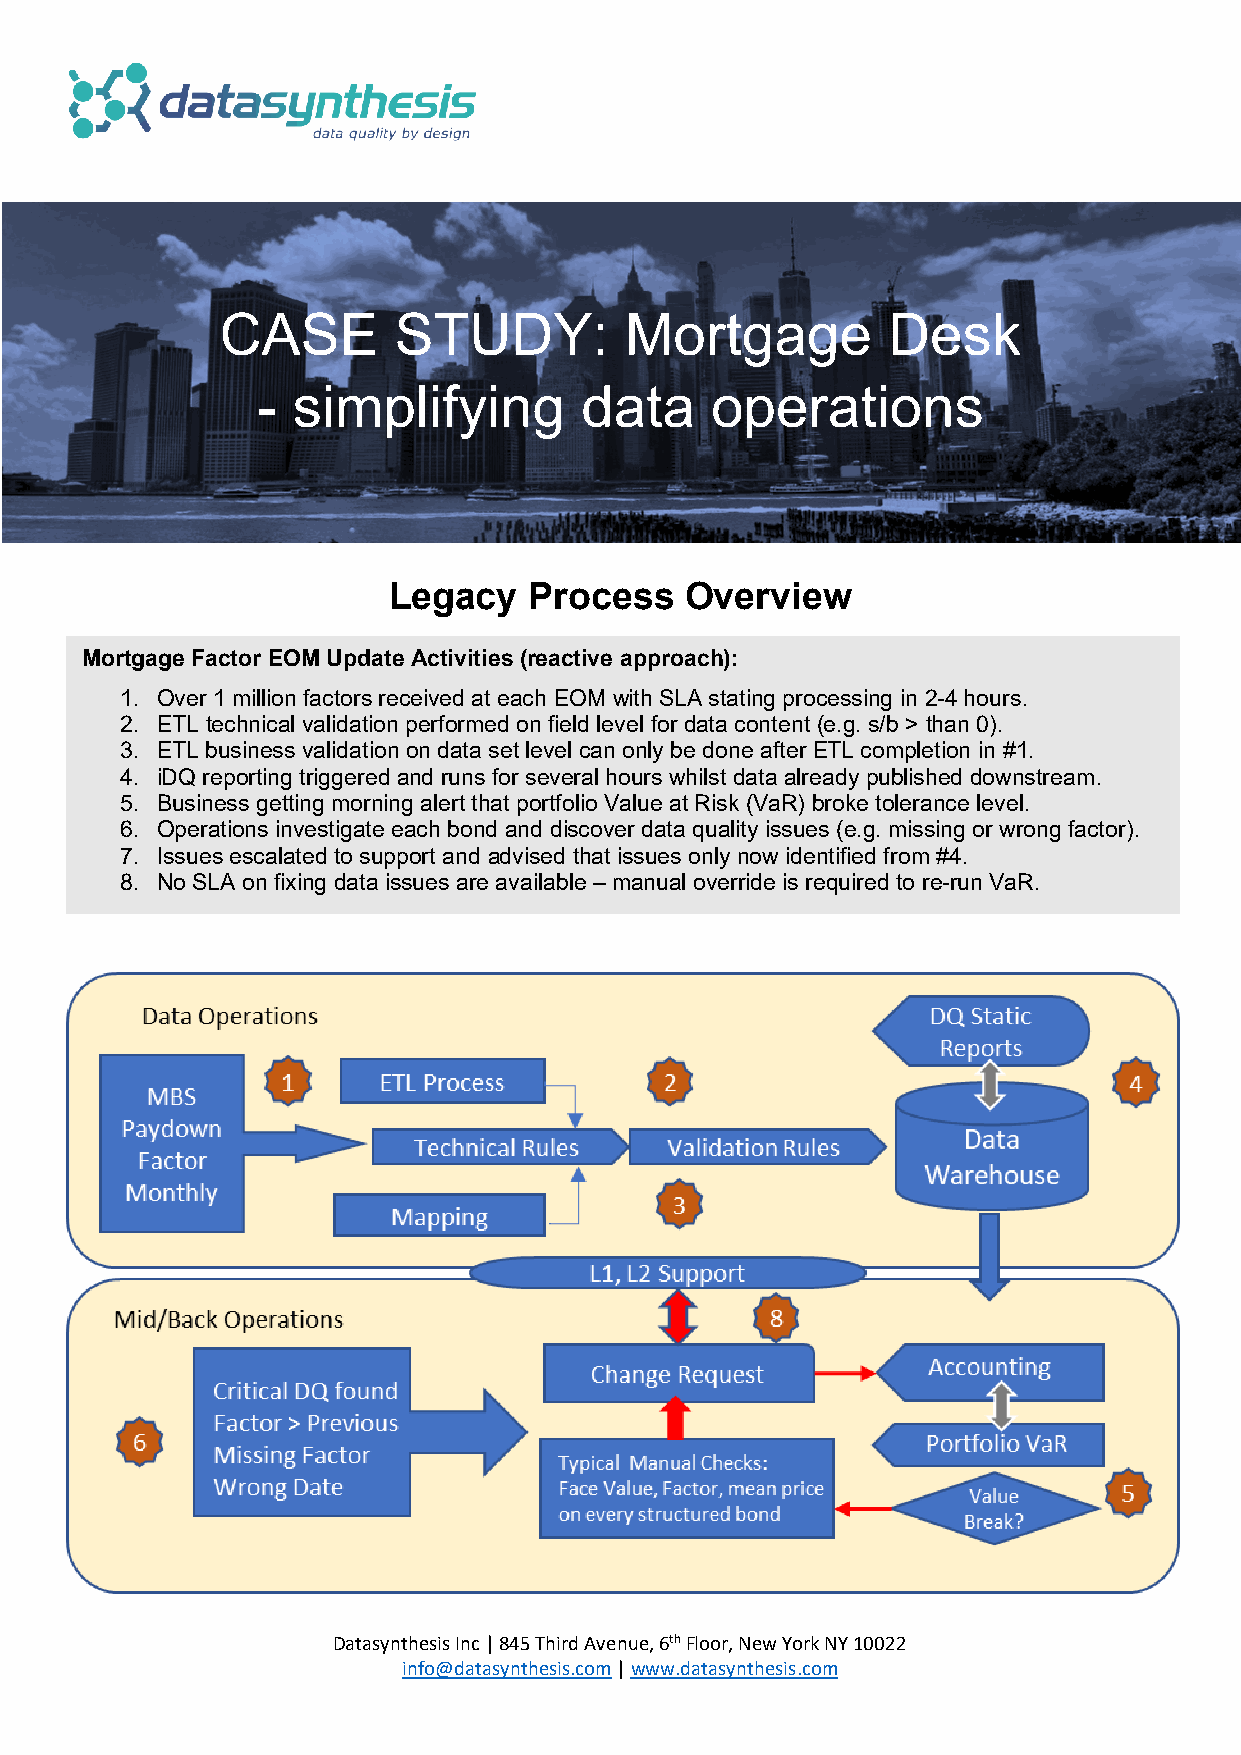
CASE       STUDY:         Mortgage          Desk
 - simplifying        data     operations
 Legacy   Process   Overview
 Mortgage Factor EOM Update Activities (reactive approach):
 1. Over 1 million factors received at each EOM with SLA stating processing in 2-4 hours.
 2. ETL technical validation performed on field level for data content (e.g. s/b > than 0).
 3. ETL business validation on data set level can only be done after ETL completion in #1.
 4. iDQ reporting triggered and runs for several hours whilst data already published downstream.
 5. Business getting morning alert that portfolio Value at Risk (VaR) broke tolerance level.
 6. Operations investigate each bond and discover data quality issues (e.g. missing or wrong factor).
 7. Issues escalated to support and advised that issues only now identified from #4.
 8. No SLA on fixing data issues are available – manual override is required to re-run VaR.
 Datasynthesis Inc | 845 Third Avenue, 6th Floor, New York NY 10022
 info@datasynthesis.com | www.datasynthesis.com